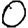
Digit: 0